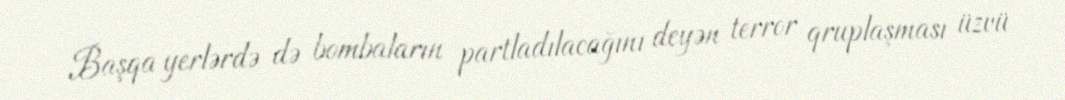
Başqa yerlərdə də bombaların partladılacağını deyən terror qruplaşması üzvü